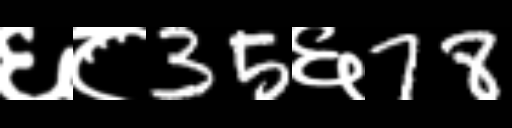
Text: ६८35६78